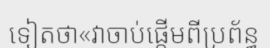
ទៀតថា«វាចាប់ផ្តើមពីប្រព័ន្ធ